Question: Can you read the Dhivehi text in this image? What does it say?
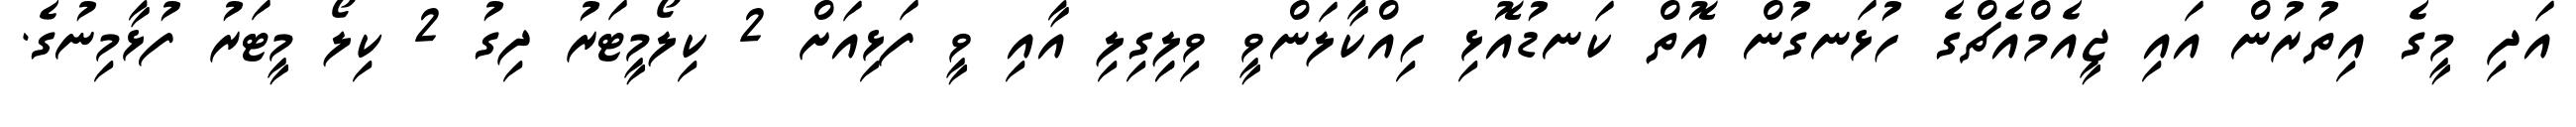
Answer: އަދި މީގެ އިތުރުން އައި ޖީއެމްއެޗްގެ ހުޅަނގުން އޮތް ކަނޑުއޮޅި ހިއްކާލަންވީ ވިލިިގިލި އާއި ވީ ފަޅިއަށް 2 ކިލޯމީޓަރު ދިގު 2 ކިލޯ މީޓަރު ފުޅާމިނުގެ.